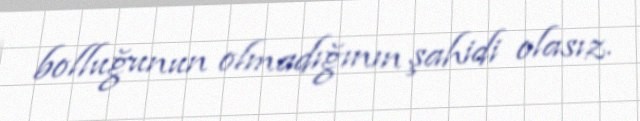
bolluğunun olmadığının şahidi olasız.